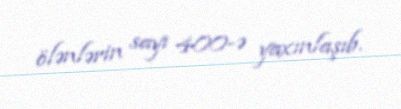
ölənlərin sayı 400-ə yaxınlaşıb.